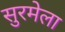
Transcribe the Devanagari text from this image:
सुरमेला